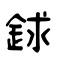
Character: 銶